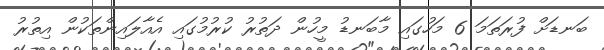
ބަނޑަށް ފުރަތަމަ 6 މަހުގައި މާބަނޑު މީހުން ދަތުރު ކުރުމުގައި އެއާލައިންތަކުން އިތުރު